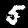
Digit: 5